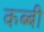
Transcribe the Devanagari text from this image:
कब्बी